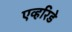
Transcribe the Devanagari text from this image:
एव्हरिडे